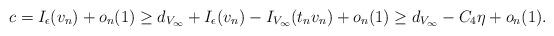
LaTeX: \begin{align*}c =I_{\epsilon}(v_{n})+ o_{n}(1) \geq d_{V_{\infty}} + I_{\epsilon}(v_{n}) - I_{V_{\infty}}(t_{n}v_{n}) + o_{n}(1) \geq d_{V_{\infty}} - C_4\eta + o_{n}(1).\end{align*}